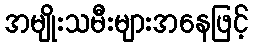
အမျိုးသမီးများအနေဖြင့်